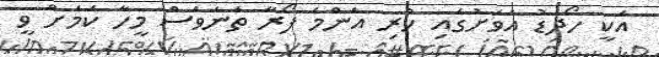
އަކީ ހޯދަޑު އަވަށުގައި ހުރި އެންމެ ފޯރާ ތަނަވަސް މީހާ ކަމަށް ވީ